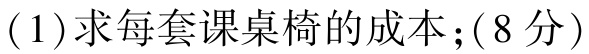
(1)求每套课桌椅的成本；(8分)